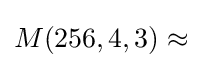
M(256,4,3)\approx